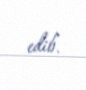
edib.